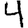
Digit: 4